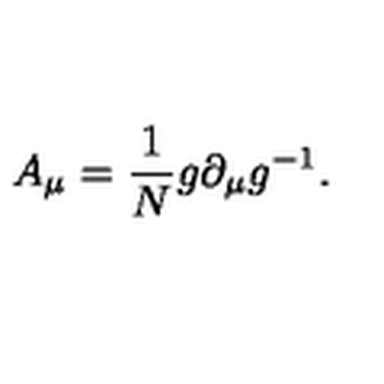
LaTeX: A _ { \mu } = \frac { 1 } { N } g \partial _ { \mu } g ^ { - 1 } .